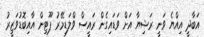
އަބާދީ އިއްޔެ ވަނީ ރަޝިޔާ އަށް ވަޑައިގެން ރައީސް ވްލަޑިމޭރު ޕޫޓިން އާއިބޮޑުވަޒީރު